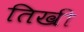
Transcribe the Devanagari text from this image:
तिखी